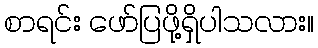
စာရင်း ဖော်ပြဖို့ရှိပါသလား။